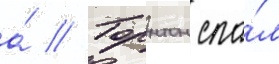
а́ // Торнтон спа́л